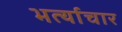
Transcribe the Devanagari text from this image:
भर्त्याचार